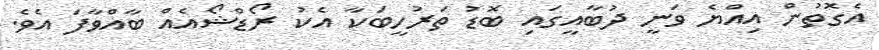
އެގޮތުން އިއްޔެ ވަނީ ދުބާއީގައި ބޮޑު ތަރުހީބަކާ އެކު ރޯޑްޝޯއެއް ބާއްވާފަ އެވެ.